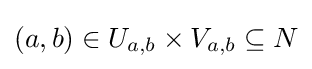
(a,b)\in U_{a,b}\times V_{a,b}\subseteq N